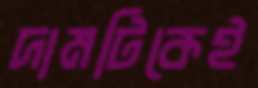
দামটিকেই